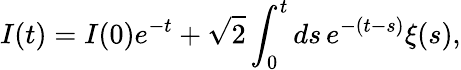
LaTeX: I(t)=I(0)e^{-t}+\sqrt{2}\int_{0}^{t}ds\, e^{-(t-s)}\xi(s),